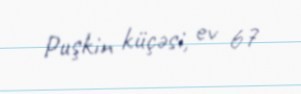
Puşkin küçəsi, ev 67